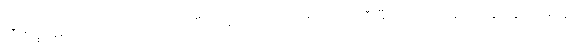
လီဗာပူး နည်းပြ ကလော့ပ်က ရှက်ဖီးယူနိုက်တက်နဲ့ ကစားမယ့် ပရီးမီးယားလိဂ် အဝေးကွင်းပွဲစဉ်အတွက်